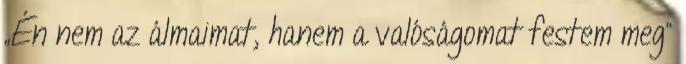
„Én nem az álmaimat, hanem a valóságomat festem meg”